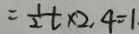
= \frac { 1 } { 2 } t \times 2 , 4 = 1